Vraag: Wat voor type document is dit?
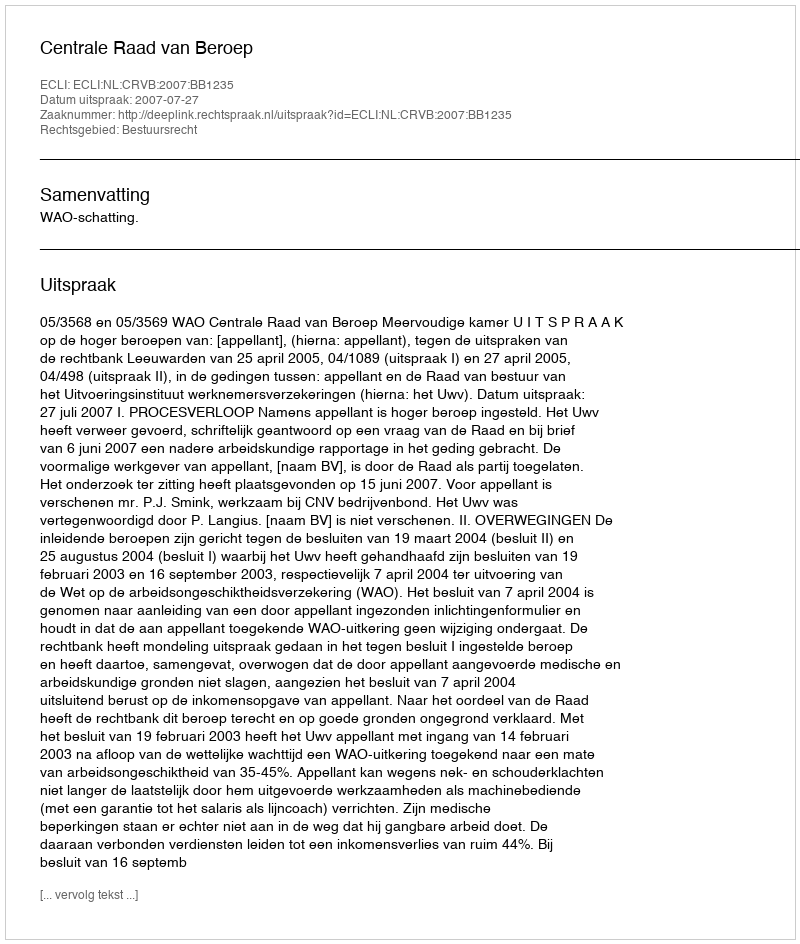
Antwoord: Uitspraak